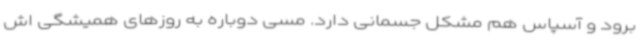
برود و آسپاس هم مشکل جسمانی دارد. مسی دوباره به روزهای همیشگی اش